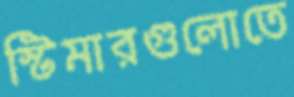
স্টিমারগুলোতে